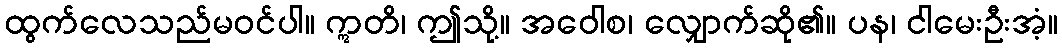
ထွက်လေသည်မဝင်ပါ။ ဣတိ၊ ဤသို့။ အဝေါစ၊ လျှောက်ဆို၏။ ပန၊ ငါမေးဦးအံ့။